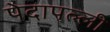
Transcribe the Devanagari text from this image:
पेदापल्ली